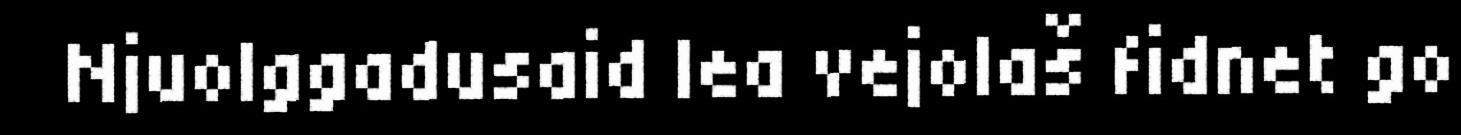
Njuolggadusaid lea vejolaš fidnet go